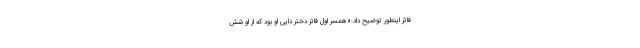
فائز اینطور توضیح داد:«همسر اول فائز دختر دایی او بود که از او شش